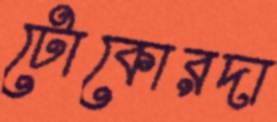
টোকোরদা